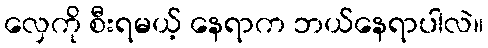
လှေကို စီးရမယ့် နေရာက ဘယ်နေရာပါလဲ။